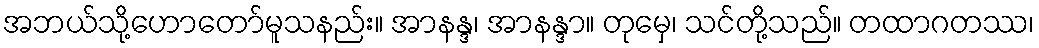
အဘယ်သို့ဟောတော်မူသနည်း။ အာနန္ဒ၊ အာနန္ဒာ။ တုမှေ၊ သင်တို့သည်။ တထာဂတဿ၊